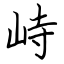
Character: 峙